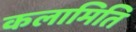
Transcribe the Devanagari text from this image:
कलामिति